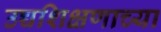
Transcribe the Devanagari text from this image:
उच्चशिक्षणाच्या